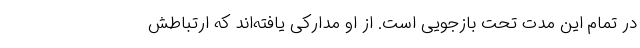
در تمام این مدت تحت بازجویی است. از او مدارکی یافته‌اند که ارتباطش